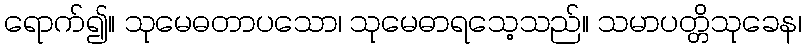
ရောက်၍။ သုမေဓတာပသော၊ သုမေဓာရသေ့သည်။ သမာပတ္တိသုခေန၊